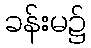
ခန်းမ၌